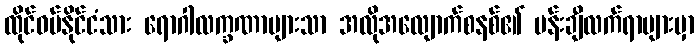
ထိုင်ဝမ်နိုင်ငံသား ရောဂါလက္ခဏာများသာ အလိုအလျောက်စနစ်၏ ပန်းချီလက်ရာများမှာ